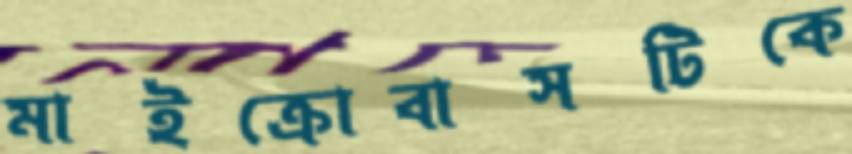
মাইক্রোবাসটিকে